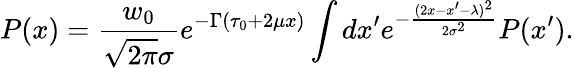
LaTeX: P(x)={\frac{w_{0}}{\sqrt{2\pi}\sigma}}e^{-\Gamma(\tau_{0}+2\mu x)}\int dx^{\prime}e^{-{\frac{(2x-x^{\prime}-\lambda)^{2}}{2\sigma^{2}}}}P(x^{\prime}).